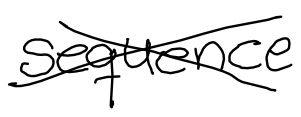
Text: sequence
Cross-out: mix
Writing tool: digital_black